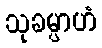
သုခမ္ပာဟံ